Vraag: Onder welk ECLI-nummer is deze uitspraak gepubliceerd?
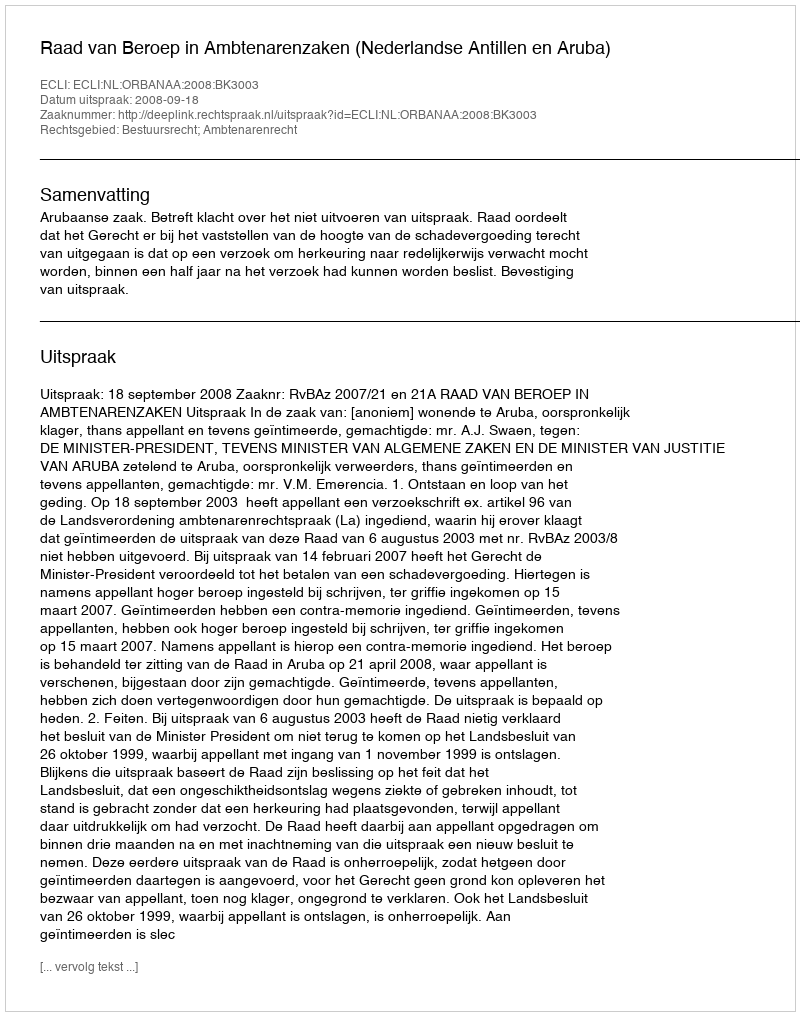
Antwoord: ECLI:NL:ORBANAA:2008:BK3003